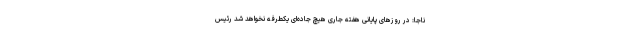
ناجا: در روزهای پایانی هفته جاری هیچ جاده‌ای یکطرفه نخواهد شد رئیس